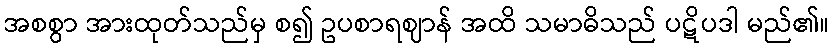
အစစွာ အားထုတ်သည်မှ စ၍ ဥပစာရဈာန် အထိ သမာဓိသည် ပဋိပဒါ မည်၏။